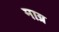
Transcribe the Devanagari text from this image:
माग्र